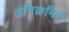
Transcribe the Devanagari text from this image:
अनिक्रमित